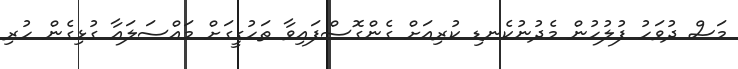
މަސް ދުވަހު ފުލުހުން މެދުނުކެނޑި ކުރިއަށް ގެންގޮސްފައިވާ ތަހުގީގަށް މައްސަލައާ ގުޅިގެން ހުރި